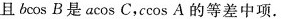
且b \cos B是a \cos C，c \cos A的等差中项.